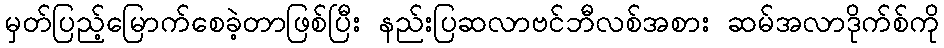
မှတ်ပြည့်မြောက်စေခဲ့တာဖြစ်ပြီး နည်းပြဆလာဗင်ဘီလစ်အစား ဆမ်အလာဒိုက်စ်ကို